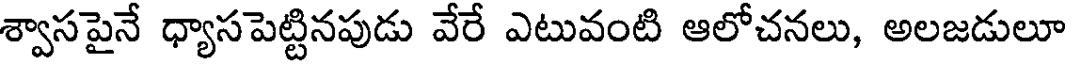
శ్వాసపైనే ధ్యాసపెట్టినపుడు వేరే ఎటువంటి ఆలోచనలు, అలజడులూ